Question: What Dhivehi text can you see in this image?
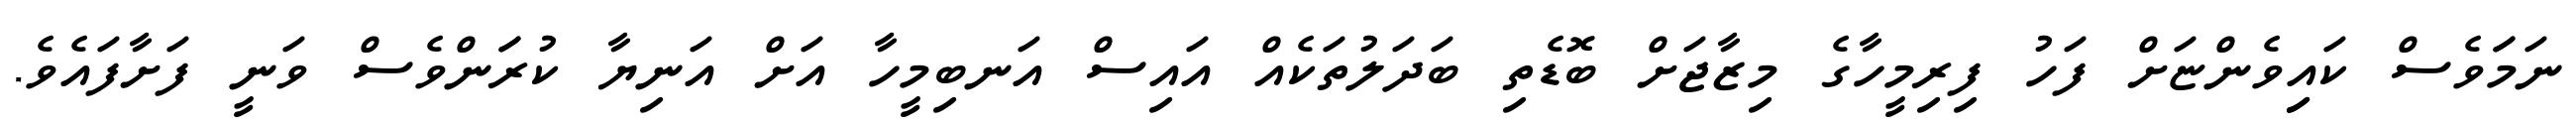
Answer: ނަމަަވެސް ކައިިވެންޏަށް ފަހު ފިރިމީހާގެ މިޒާޖަށް ބޮޑެތި ބަދަލުތަކެއް އައިސް އަނބިމީހާ އަށް އަނިޔާ ކުރަަންވެސް ވަނީ ފަށާފައެވެ.